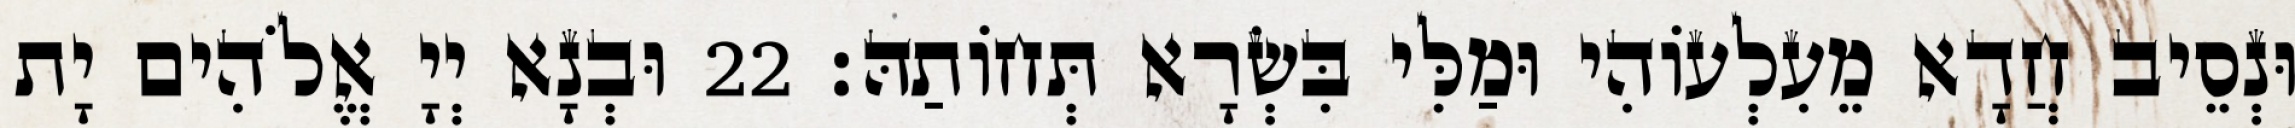
וּנְסֵיב חֲדָא מֵעִלְעוֹהִי וּמַלִּי בִּשְׂרָא תְּחוֹתַהּ׃ 22 וּבְנָא יְיָ אֱלֹהִים יָת